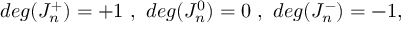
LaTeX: d e g ( J _ { n } ^ { + } ) = + 1 \ , \ d e g ( J _ { n } ^ { 0 } ) = 0 \ , \ d e g ( J _ { n } ^ { - } ) = - 1 ,